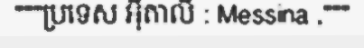
"""ប្រទេស អ៊ីតាលី : Messina ,"""